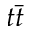
t \Bar { t }